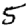
Digit: 5